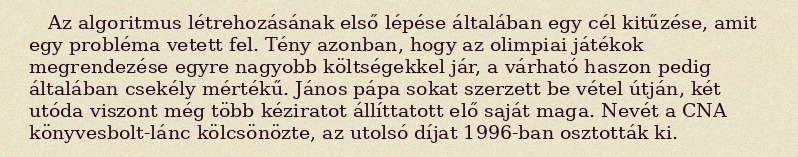
Az algoritmus létrehozásának első lépése általában egy cél kitűzése, amit egy probléma vetett fel. Tény azonban, hogy az olimpiai játékok megrendezése egyre nagyobb költségekkel jár, a várható haszon pedig általában csekély mértékű. János pápa sokat szerzett be vétel útján, két utóda viszont még több kéziratot állíttatott elő saját maga. Nevét a CNA könyvesbolt-lánc kölcsönözte, az utolsó díjat 1996-ban osztották ki.